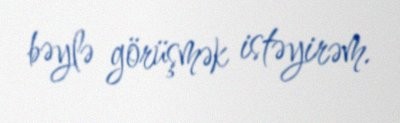
bəylə görüşmək istəyirəm.